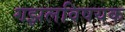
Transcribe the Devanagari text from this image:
गझलविषयक